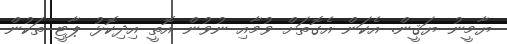
ޔާމީނު ޔަޤީން. އެކަން އެގޮތަށް ވުމާއި ނުވުން އޮތީ އިދިކޮޅު ޕާޓީ ތަކުން